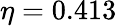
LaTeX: \eta=0.413